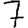
Digit: 7